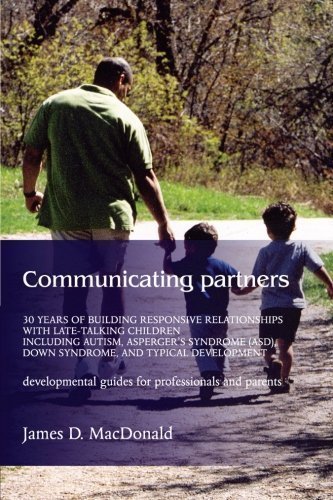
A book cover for Communicating Partners: 30 Years of Building Responsive Relationships with Late-Talking Children including Autism, Asperger's Syndrome (ASD), Down Syndrome, and Typical Developement by MacDonald, James D. published by Jessica Kingsley Pub (2004); Health, Fitness & Dieting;